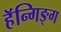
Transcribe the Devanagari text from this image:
हॅन्गिङ्ग